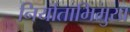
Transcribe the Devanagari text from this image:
निर्याताभिमुख